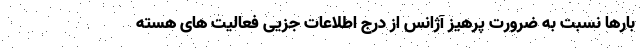
بارها نسبت به ضرورت پرهیز آژانس از درج اطلاعات جزیی فعالیت های هسته